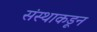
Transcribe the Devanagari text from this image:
संस्थाकडून